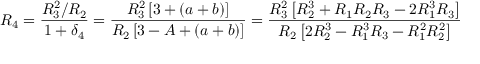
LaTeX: R _ { 4 } = \frac { R _ { 3 } ^ { 2 } / R _ { 2 } } { 1 + \delta _ { 4 } } = \frac { R _ { 3 } ^ { 2 } \left[ 3 + ( a + b ) \right] } { R _ { 2 } \left[ 3 - A + ( a + b ) \right] } = \frac { R _ { 3 } ^ { 2 } \left[ R _ { 2 } ^ { 3 } + R _ { 1 } R _ { 2 } R _ { 3 } - 2 R _ { 1 } ^ { 3 } R _ { 3 } \right] } { R _ { 2 } \left[ 2 R _ { 2 } ^ { 3 } - R _ { 1 } ^ { 3 } R _ { 3 } - R _ { 1 } ^ { 2 } R _ { 2 } ^ { 2 } \right] }